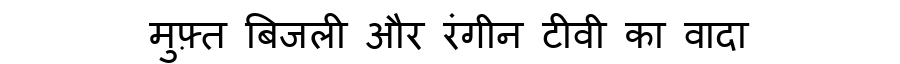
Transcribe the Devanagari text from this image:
मुफ़्त बिजली और रंगीन टीवी का वादा